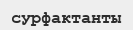
сурфактанты